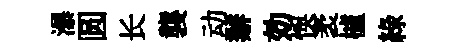
瀑圆长襲动辦効悞袤櫨綠